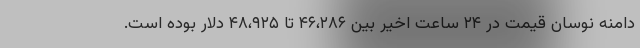
دامنه نوسان قیمت در ۲۴ ساعت اخیر بین ۴۶،۲۸۶ تا ۴۸،۹۲۵ دلار بوده است.